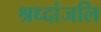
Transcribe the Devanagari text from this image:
श्रध्दांजलि